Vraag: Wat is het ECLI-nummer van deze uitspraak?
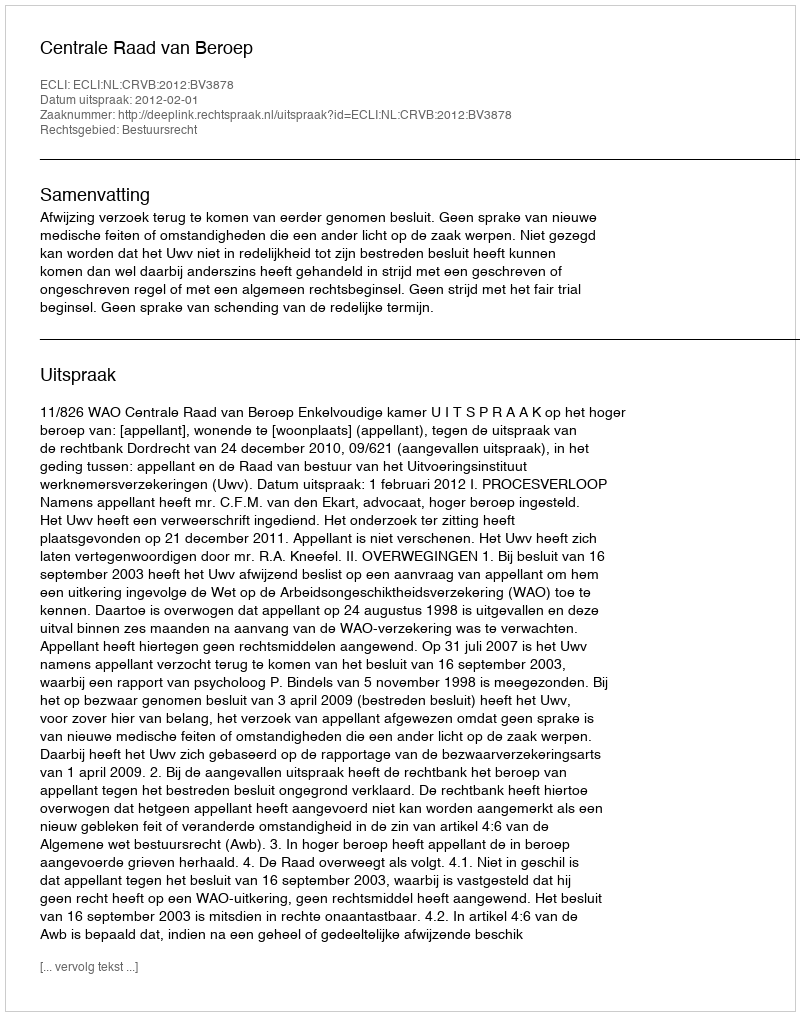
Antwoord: ECLI:NL:CRVB:2012:BV3878